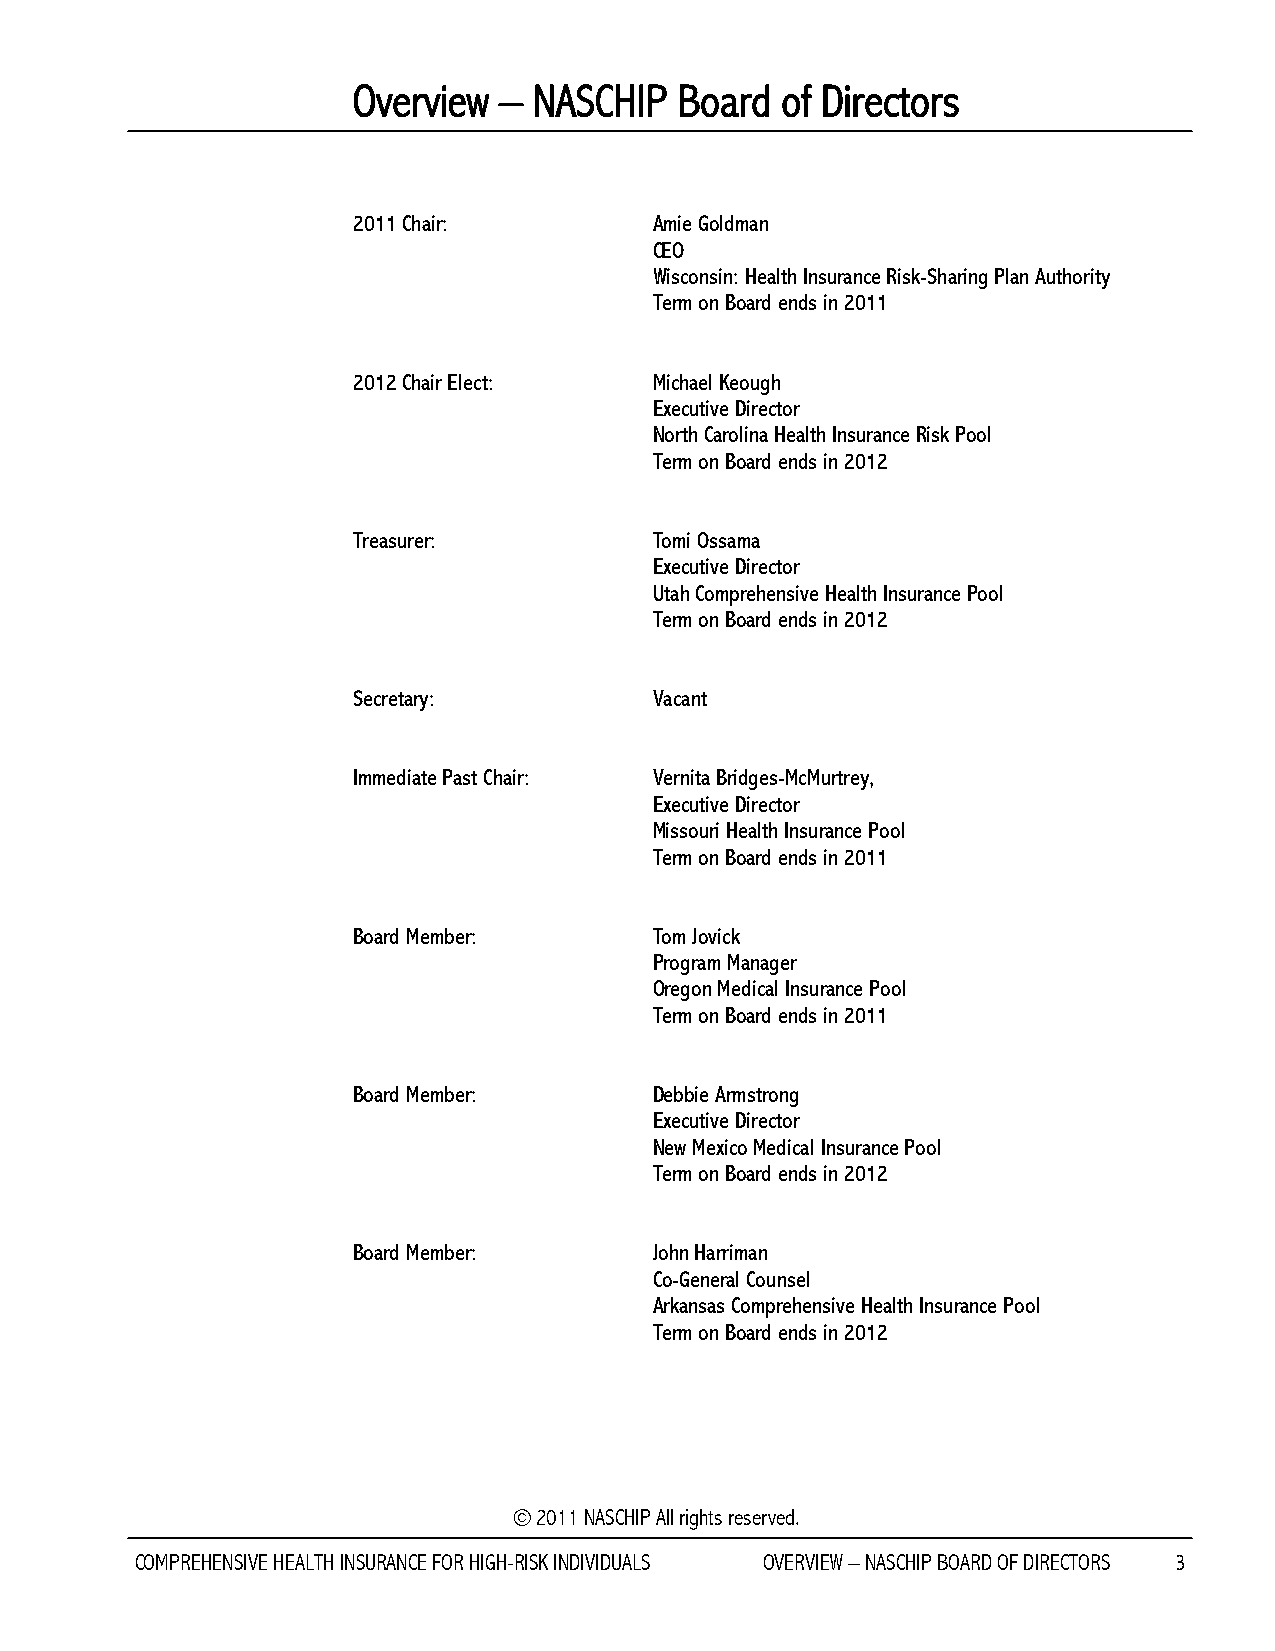
Overview  – NASCHIP   Board  of Directors
 2011 Chair:         Amie Goldman
 CEO
 Wisconsin: Health Insurance Risk-Sharing Plan Authority
 Term on Board ends in 2011
 2012 Chair Elect:   Michael Keough
 Executive Director
 North Carolina Health Insurance Risk Pool
 Term on Board ends in 2012
 Treasurer:          Tomi Ossama
 Executive Director
 Utah Comprehensive Health Insurance Pool
 Term on Board ends in 2012
 Secretary:          Vacant
 Immediate Past Chair: Vernita Bridges-McMurtrey,
 Executive Director
 Missouri Health Insurance Pool
 Term on Board ends in 2011
 Board Member:       Tom Jovick
 Program Manager
 Oregon Medical Insurance Pool
 Term on Board ends in 2011
 Board Member:       Debbie Armstrong
 Executive Director
 New Mexico Medical Insurance Pool
 Term on Board ends in 2012
 Board Member:       John Harriman
 Co-General Counsel
 Arkansas Comprehensive Health Insurance Pool
 Term on Board ends in 2012
 © 2011 NASCHIP All rights reserved.
 COMPREHENSIVE HEALTH INSURANCE FOR HIGH-RISK INDIVIDUALS OVERVIEW – NASCHIP BOARD OF DIRECTORS 3